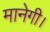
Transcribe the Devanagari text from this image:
मानेगी।